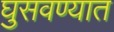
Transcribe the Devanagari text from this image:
घुसवण्यात